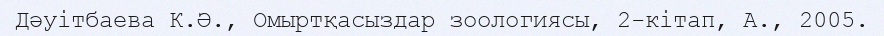
Дәуітбаева К.Ә., Омыртқасыздар зоологиясы, 2-кітап, А., 2005.